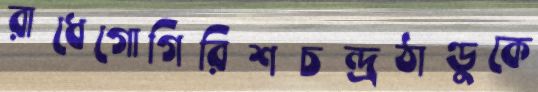
রাধেগোগিরিশচন্দ্রঠাণ্ডুকে